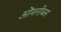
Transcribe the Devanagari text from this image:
ऒमनीबस